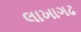
લાખાગઢ